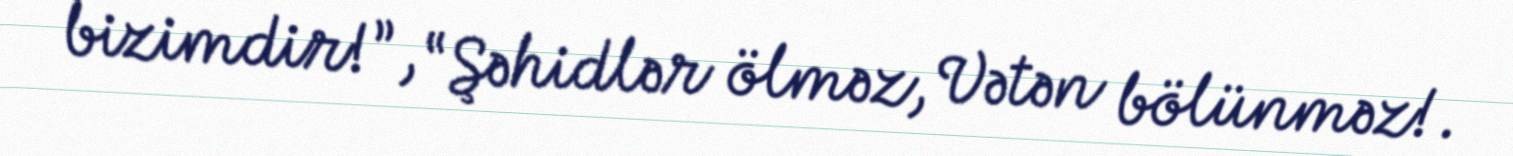
bizimdir!”, “Şəhidlər ölməz, Vətən bölünməz!.